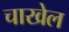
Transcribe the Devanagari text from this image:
चाखेल